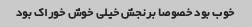
خوب بود خصوصا برنجش خیلی خوش خوراک بود